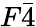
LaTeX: F\bar{4}